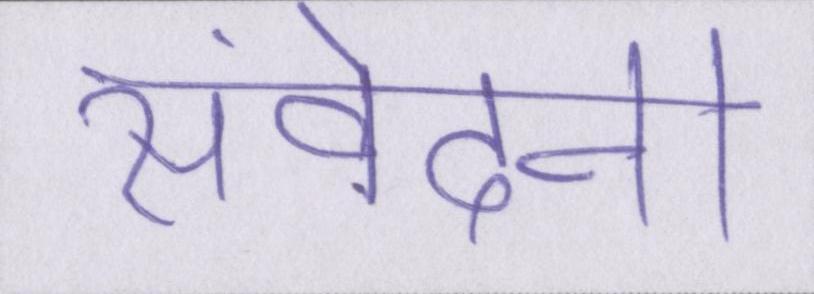
संवेदना